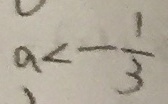
a < - \frac { 1 } { 3 }